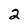
Character: 2